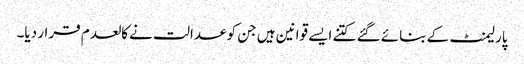
پارلیمنٹ کے بنائے گئے کتنے ایسے قوانین ہیں جن کو عدالت نے کالعدم قرار دیا۔